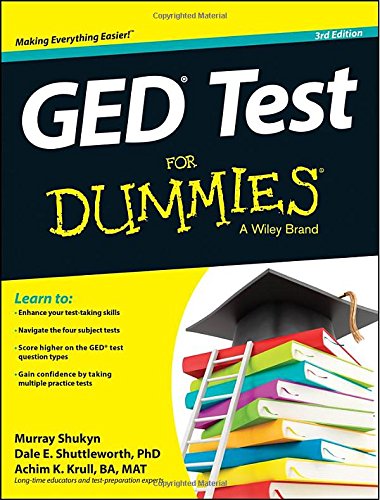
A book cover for GED Test For Dummies; Murray Shukyn; Test Preparation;